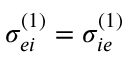
\sigma _ { e i } ^ { ( 1 ) } = \sigma _ { i e } ^ { ( 1 ) }